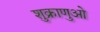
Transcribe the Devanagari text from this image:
शुक्राणुओ